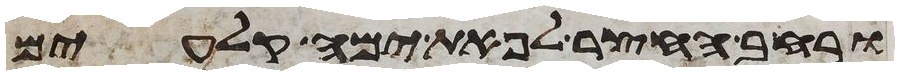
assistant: ורחב החצר לפאת ימה קלעים